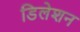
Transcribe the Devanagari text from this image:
डिलेशन